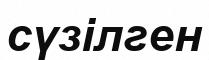
сүзілген